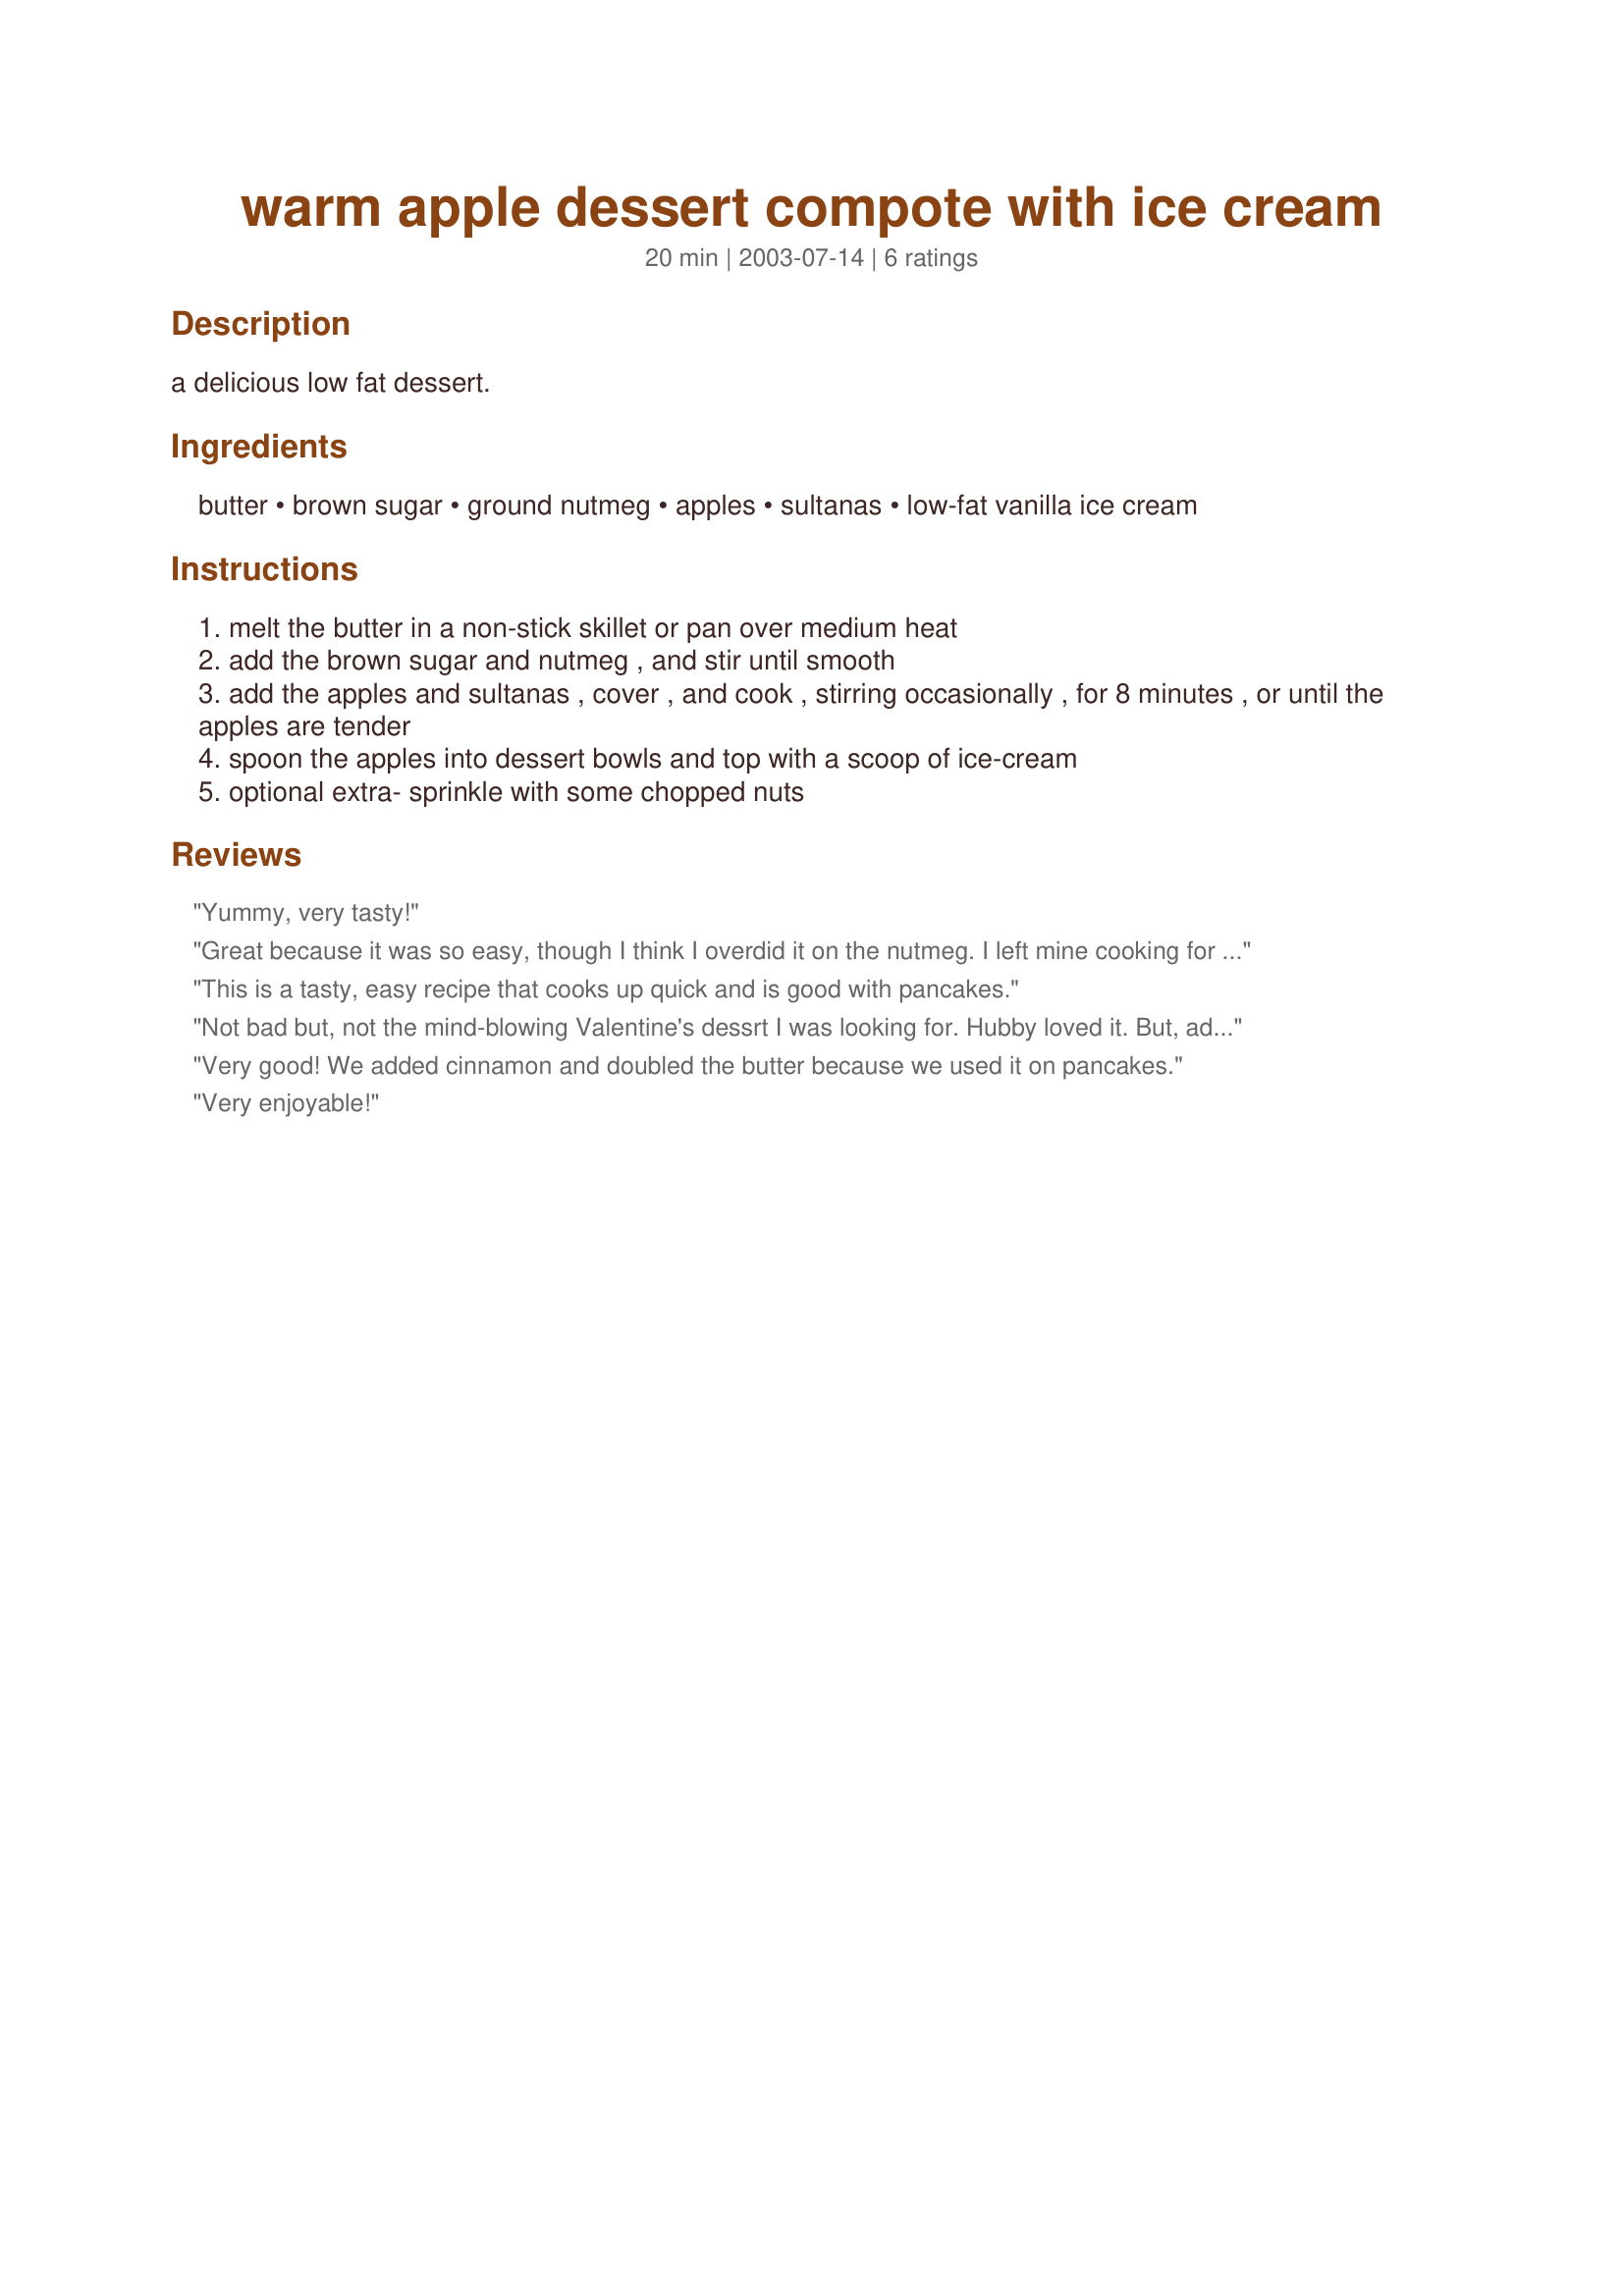
warm apple dessert compote with ice cream
Preparation time: 20 minutes

a delicious low fat dessert.

Ingredients:
butter, brown sugar, ground nutmeg, apples, sultanas, low-fat vanilla ice cream

Steps:
melt the butter in a non-stick skillet or pan over medium heat
add the brown sugar and nutmeg , and stir until smooth
add the apples and sultanas , cover , and cook , stirring occasionally , for 8 minutes , or until the apples are tender
spoon the apples into dessert bowls and top with a scoop of ice-cream
optional extra- sprinkle with some chopped nuts

Reviews:
Yummy, very tasty!
Great because it was so easy, though I think I overdid it on the nutmeg. I left mine cooking for more than 30 minutes though until it was really soft.
This is a tasty, easy recipe that cooks up quick and is good with pancakes.
Not bad but, not the mind-blowing Valentine's dessrt I was looking for. Hubby loved it. But, add more brown sugar, slice the apples thinly, maybe throw in some cinnamon. May make again just because it is easy
Very good! We added cinnamon and doubled the butter because we used it on pancakes.
Very enjoyable!
